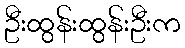
ဦးထွန်းထွန်းဦးက